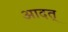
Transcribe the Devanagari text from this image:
आदत्